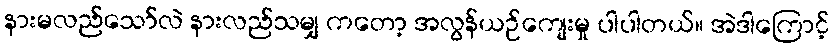
နားမလည်သော်လဲ နားလည်သမျှ ကတော့ အလွန်ယဉ်ကျေးမှု ပါပါတယ်။ အဲဒါကြောင့်